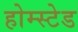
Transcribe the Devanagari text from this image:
होम्स्टेड